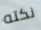
نكته